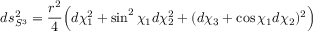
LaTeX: d s _ { S ^ { 3 } } ^ { 2 } = \frac { r ^ { 2 } } { 4 } \Bigl ( d \chi _ { 1 } ^ { 2 } + \sin ^ { 2 } { \chi _ { 1 } } d \chi _ { 2 } ^ { 2 } + ( d \chi _ { 3 } + \cos { \chi _ { 1 } } d \chi _ { 2 } ) ^ { 2 } \Bigr )